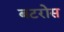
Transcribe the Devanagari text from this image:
बटरोस